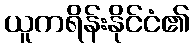
ယူကရိန်းနိုင်ငံ၏